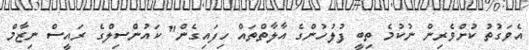
އެވަގުތު ކުށްވެރިން ނުކުމެ ތިބީ ފުލުހުންގެ އާލާތްތައް ހިފައިގެން" ކައުންސިލްގެ ރައީސް ނިޒާމް